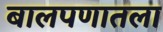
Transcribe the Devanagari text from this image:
बालपणातला